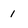
Character: 1